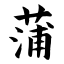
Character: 蒲